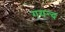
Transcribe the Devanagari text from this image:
गयन्द